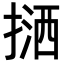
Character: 𢱛